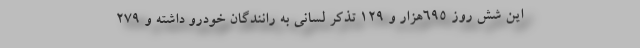
این شش روز ۶۹۵هزار و ۱۲۹ تذکر لسانی به رانندگان خودرو داشته و ۲۷۹